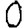
Digit: 0